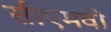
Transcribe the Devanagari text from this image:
सीएमवी